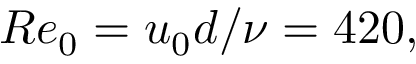
R e _ { 0 } = u _ { 0 } d / \nu = 4 2 0 ,